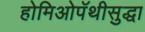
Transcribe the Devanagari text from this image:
होमिओपॅथीसुद्धा